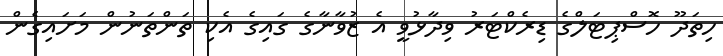
ހިތަދޫ ހޮސްޕިޓަލްގެ ޑިރެކްޓަރު ވިދާޅުވީ އެ ޒުވާނާގެ ގައިގެ އެކި ތަންތަނުން މަށައިގެން